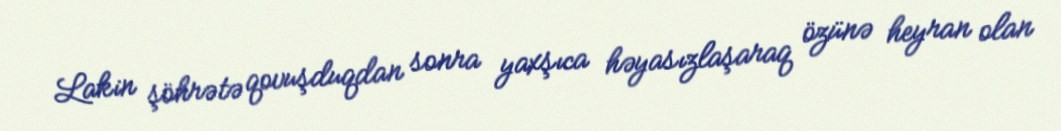
Lakin şöhrətə qovuşduqdan sonra yaxşıca həyasızlaşaraq özünə heyran olan